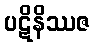
ပဋိနိဿဇ